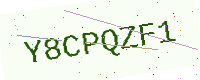
Text: Y8CPQZF1